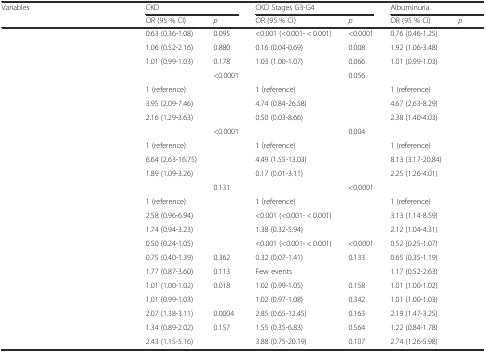
<table><thead><tr><td rowspan="2"><b>Variables</b></td><td colspan="2"><b>CKD</b></td><td colspan="2"><b>CKD Stages G3-G4</b></td><td colspan="2"><b>Albuminuria</b></td></tr><tr><td><b>OR (95 % CI)</b></td><td><b><i>p</i></b></td><td><b>OR (95 % CI)</b></td><td><b><i>p</i></b></td><td><b>OR (95 % CI)</b></td><td><b><i>p</i></b></td></tr></thead><tbody><tr><td>[EMPTY_CELL]</td><td>0.63 (0.36-1.08)</td><td>0.095</td><td>&lt;0.001 (&lt;0.001- &lt; 0.001)</td><td>&lt;0.0001</td><td>0.76 (0.46-1.25)</td><td>[EMPTY_CELL]</td></tr><tr><td>[EMPTY_CELL]</td><td>1.06 (0.52-2.16)</td><td>0.880</td><td>0.16 (0.04-0.69)</td><td>0.008</td><td>1.92 (1.06-3.48)</td><td>[EMPTY_CELL]</td></tr><tr><td>[EMPTY_CELL]</td><td>1.01 (0.99-1.03)</td><td>0.178</td><td>1.03 (1.00-1.07)</td><td>0.066</td><td>1.01 (0.99-1.03)</td><td>[EMPTY_CELL]</td></tr><tr><td>[EMPTY_CELL]</td><td>[EMPTY_CELL]</td><td>&lt;0.0001</td><td>[EMPTY_CELL]</td><td>0.056</td><td>[EMPTY_CELL]</td><td>[EMPTY_CELL]</td></tr><tr><td>[EMPTY_CELL]</td><td>1 (reference)</td><td>[EMPTY_CELL]</td><td>1 (reference)</td><td>[EMPTY_CELL]</td><td>1 (reference)</td><td>[EMPTY_CELL]</td></tr><tr><td>[EMPTY_CELL]</td><td>3.95 (2.09-7.46)</td><td>[EMPTY_CELL]</td><td>4.74 (0.84-26.58)</td><td>[EMPTY_CELL]</td><td>4.67 (2.63-8.29)</td><td>[EMPTY_CELL]</td></tr><tr><td>[EMPTY_CELL]</td><td>2.16 (1.29-3.63)</td><td>[EMPTY_CELL]</td><td>0.50 (0.03-8.66)</td><td>[EMPTY_CELL]</td><td>2.38 (1.40-4.03)</td><td>[EMPTY_CELL]</td></tr><tr><td>[EMPTY_CELL]</td><td>[EMPTY_CELL]</td><td>&lt;0.0001</td><td>[EMPTY_CELL]</td><td>0.004</td><td>[EMPTY_CELL]</td><td>[EMPTY_CELL]</td></tr><tr><td>[EMPTY_CELL]</td><td>1 (reference)</td><td>[EMPTY_CELL]</td><td>1 (reference)</td><td>[EMPTY_CELL]</td><td>1 (reference)</td><td>[EMPTY_CELL]</td></tr><tr><td>[EMPTY_CELL]</td><td>6.64 (2.63-16.75)</td><td>[EMPTY_CELL]</td><td>4.49 (1.55-13.03)</td><td>[EMPTY_CELL]</td><td>8.13 (3.17-20.84)</td><td>[EMPTY_CELL]</td></tr><tr><td>[EMPTY_CELL]</td><td>1.89 (1.09-3.26)</td><td>[EMPTY_CELL]</td><td>0.17 (0.01-3.11)</td><td>[EMPTY_CELL]</td><td>2.25 (1.26-4.01)</td><td>[EMPTY_CELL]</td></tr><tr><td>[EMPTY_CELL]</td><td>[EMPTY_CELL]</td><td>0.131</td><td>[EMPTY_CELL]</td><td>&lt;0.0001</td><td>[EMPTY_CELL]</td><td>[EMPTY_CELL]</td></tr><tr><td>[EMPTY_CELL]</td><td>1 (reference)</td><td>[EMPTY_CELL]</td><td>1 (reference)</td><td>[EMPTY_CELL]</td><td>1 (reference)</td><td>[EMPTY_CELL]</td></tr><tr><td>[EMPTY_CELL]</td><td>2.58 (0.96-6.94)</td><td>[EMPTY_CELL]</td><td>&lt;0.001 (&lt;0.001- &lt; 0.001)</td><td>[EMPTY_CELL]</td><td>3.13 (1.14-8.59)</td><td>[EMPTY_CELL]</td></tr><tr><td>[EMPTY_CELL]</td><td>1.74 (0.94-3.23)</td><td>[EMPTY_CELL]</td><td>1.38 (0.32-5.94)</td><td>[EMPTY_CELL]</td><td>2.12 (1.04-4.31)</td><td>[EMPTY_CELL]</td></tr><tr><td>[EMPTY_CELL]</td><td>0.50 (0.24-1.05)</td><td>[EMPTY_CELL]</td><td>&lt;0.001 (&lt;0.001- &lt; 0.001)</td><td>&lt;0.0001</td><td>0.52 (0.25-1.07)</td><td>[EMPTY_CELL]</td></tr><tr><td>[EMPTY_CELL]</td><td>0.75 (0.40-1.39)</td><td>0.362</td><td>0.32 (0.07-1.41)</td><td>0.133</td><td>0.65 (0.35-1.19)</td><td>[EMPTY_CELL]</td></tr><tr><td>[EMPTY_CELL]</td><td>1.77 (0.87-3.60)</td><td>0.113</td><td>Few events</td><td>[EMPTY_CELL]</td><td>1.17 (0.52-2.63)</td><td>[EMPTY_CELL]</td></tr><tr><td>[EMPTY_CELL]</td><td>1.01 (1.00-1.02)</td><td>0.018</td><td>1.02 (0.99-1.05)</td><td>0.158</td><td>1.01 (1.00-1.02)</td><td>[EMPTY_CELL]</td></tr><tr><td>[EMPTY_CELL]</td><td>1.01 (0.99-1.03)</td><td>[EMPTY_CELL]</td><td>1.02 (0.97-1.08)</td><td>0.342</td><td>1.01 (1.00-1.03)</td><td>[EMPTY_CELL]</td></tr><tr><td>[EMPTY_CELL]</td><td>2.07 (1.38-3.11)</td><td>0.0004</td><td>2.85 (0.65-12.45)</td><td>0.163</td><td>2.19 (1.47-3.25)</td><td>[EMPTY_CELL]</td></tr><tr><td>[EMPTY_CELL]</td><td>1.34 (0.89-2.02)</td><td>0.157</td><td>1.55 (0.35-6.83)</td><td>0.564</td><td>1.22 (0.84-1.78)</td><td>[EMPTY_CELL]</td></tr><tr><td>[EMPTY_CELL]</td><td>2.43 (1.15-5.16)</td><td>[EMPTY_CELL]</td><td>3.88 (0.75-20.19)</td><td>0.107</td><td>2.74 (1.26-5.98)</td><td>[EMPTY_CELL]</td></tr></tbody></table>